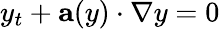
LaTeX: y_{t}+\mathbf{a}(y)\cdot\nabla y=0